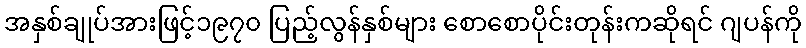
အနှစ်ချုပ်အားဖြင့်၁၉၇၀ ပြည့်လွန်နှစ်များ စောစောပိုင်းတုန်းကဆိုရင် ဂျပန်ကို